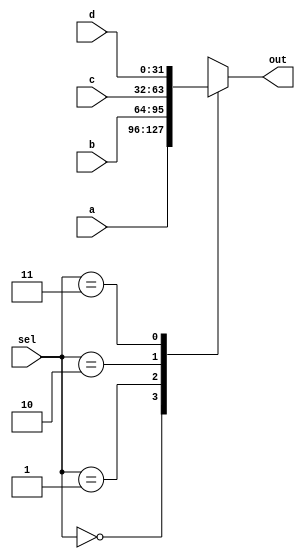
`timescale 1ns / 1ps
/*
 * Description:
 *
 * Dependencies:
 *
 * Revision:
 *
 */

module mux_4_1(
	output reg [31:0] out,
	input [31:0] a, b, c, d,
	input [1:0] sel
    );

	always @ (*)
		case (sel)
			2'b00: out = a;
			2'b01: out = b;
			2'b10: out = c;
			2'b11: out = d;
		endcase

endmodule